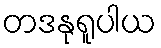
တဒနုရူပါယ